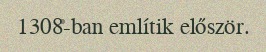
1308-ban említik először.